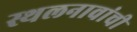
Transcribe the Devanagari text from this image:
स्थलनावांची